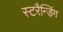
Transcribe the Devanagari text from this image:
स्टरैन्डिंग